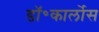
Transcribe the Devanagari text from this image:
डॉ॰कार्लोस